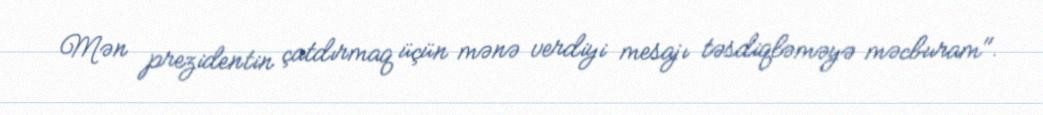
Mən prezidentin çatdırmaq üçün mənə verdiyi mesajı təsdiqləməyə məcburam".